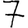
Digit: 7